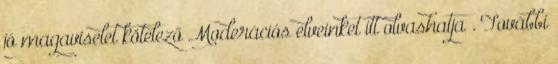
jó magaviselet kötelező Moderációs elveinket itt olvashatja . További